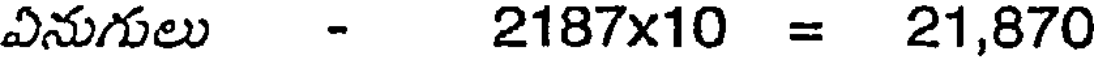
ఏనుగులు - 2187x10 = 21,870